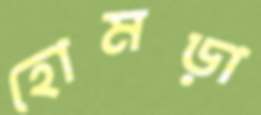
হোমড়া